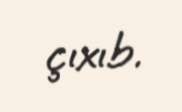
çıxıb.